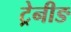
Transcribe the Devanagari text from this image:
ट्रेनीङ